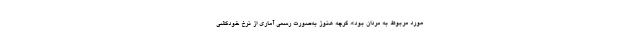
مورد مربوط به مردان بود». گرچه هنوز به‌صورت رسمی آماری از نرخ خودکشی